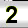
Digit: 2